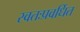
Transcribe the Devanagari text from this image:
स्वतःप्रवर्धित